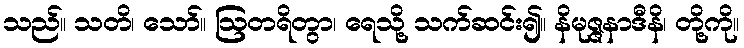
သည်။ သတိ၊ သော်။ ဩတရိတွာ၊ ရေသို့ သက်ဆင်း၍။ နိမုဇ္ဇနာဒီနိ၊ တို့ကို။